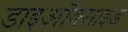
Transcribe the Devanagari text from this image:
डाइऑक्‍साइड